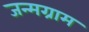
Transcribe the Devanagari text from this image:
जन्मग्राम